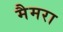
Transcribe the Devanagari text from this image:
मैमरा